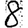
Digit: 8